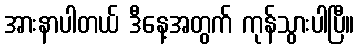
အားနာပါတယ် ဒီနေ့အတွက် ကုန်သွားပါပြီ။